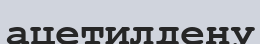
ацетилдену